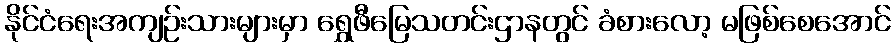
နိုင်ငံရေးအကျဉ်းသားများမှာ ရွှေဖီမြေသတင်းဌာနတွင် ခံစားလော့ မဖြစ်စေအောင်